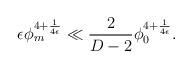
LaTeX: \begin{align*}\epsilon \phi_m^{4+ {1 \over 4 \epsilon}} \ll{2 \over D-2} \phi_0^{4+ {1 \over 4 \epsilon}}.\end{align*}